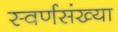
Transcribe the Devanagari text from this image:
स्वर्णसंख्या